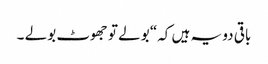
باقی دو یہ ہیں کہ“ بولے تو جھوٹ بولے ۔